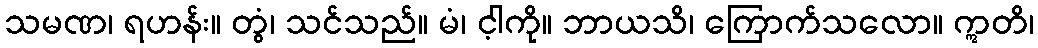
သမဏ၊ ရဟန်း။ တွံ၊ သင်သည်။ မံ၊ င့ါကို။ ဘာယသိ၊ ကြောက်သလော။ ဣတိ၊